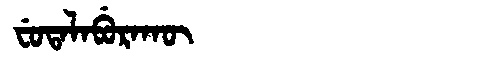
Manchu: ᠸᡠᡨᠠᠯᠠᠪᡠᡵᠠᡴᡡ
Romanization: FUTALABURAKŪ